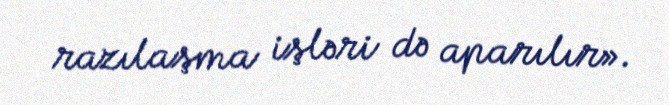
razılaşma işləri də aparılır».